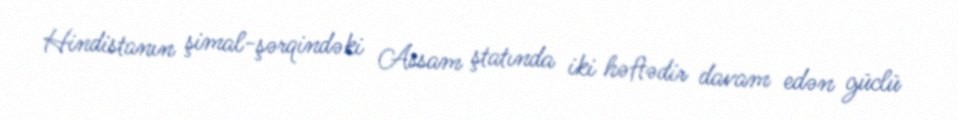
Hindistanın şimal-şərqindəki Assam ştatında iki həftədir davam edən güclü